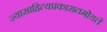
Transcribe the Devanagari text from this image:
ज्यासाहित्यप्रकारातमोडते